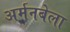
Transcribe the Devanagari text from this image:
अर्मनबेला